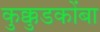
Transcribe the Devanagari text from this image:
कुक्कुडकोंबा